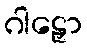
ဂါဠှော